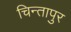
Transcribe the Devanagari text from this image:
चिन्तापुर